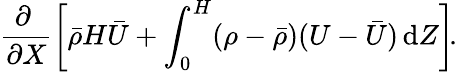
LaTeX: \frac{\partial~}{\partial X}\left[\bar{\rho}H\bar{U}+\int_{0}^{H}(\rho-\bar{\rho})(U-\bar{U})\, \mathrm{d}Z\right]\! .